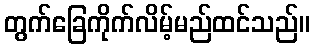
တွက်ခြေကိုက်လိမ့်မည်ထင်သည်။